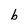
Character: b